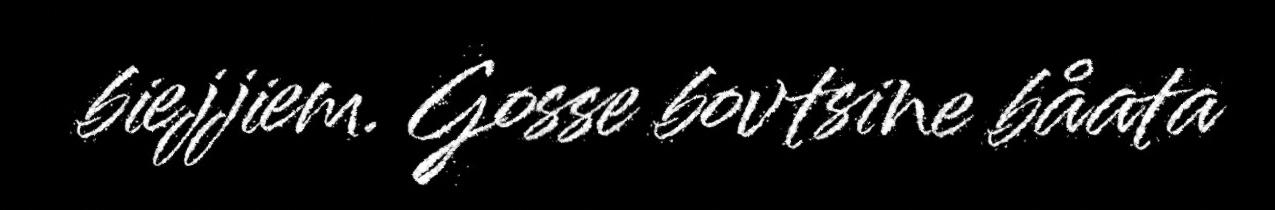
biejjiem. Gosse bovtsine båata